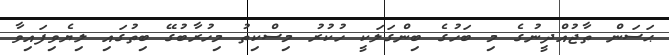
ޙަސަން ތާޖުއްދީނުގެ މި ބަހުގެ ބިންގަލަކީ ހުކުރު މިސްކިތު މިހުރާބުގޭ ބިތުގައި ލިޔެވިފައިވާ